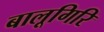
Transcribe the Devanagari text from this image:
बालूगिरि